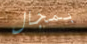
بمجال